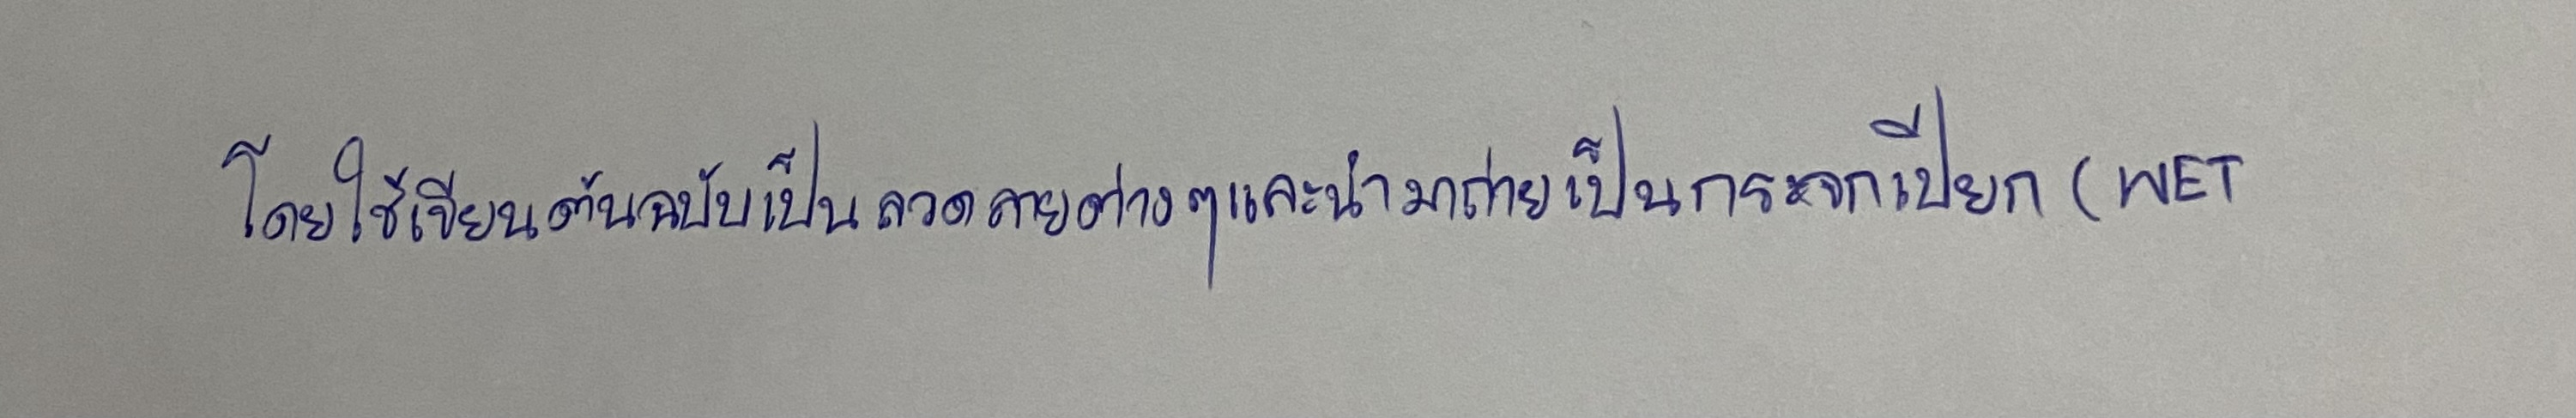
โดยใช้เขียนต้นฉบับเป็นลวดลายต่างๆและนำมาถ่ายเป็นกระจกเปียก(WET